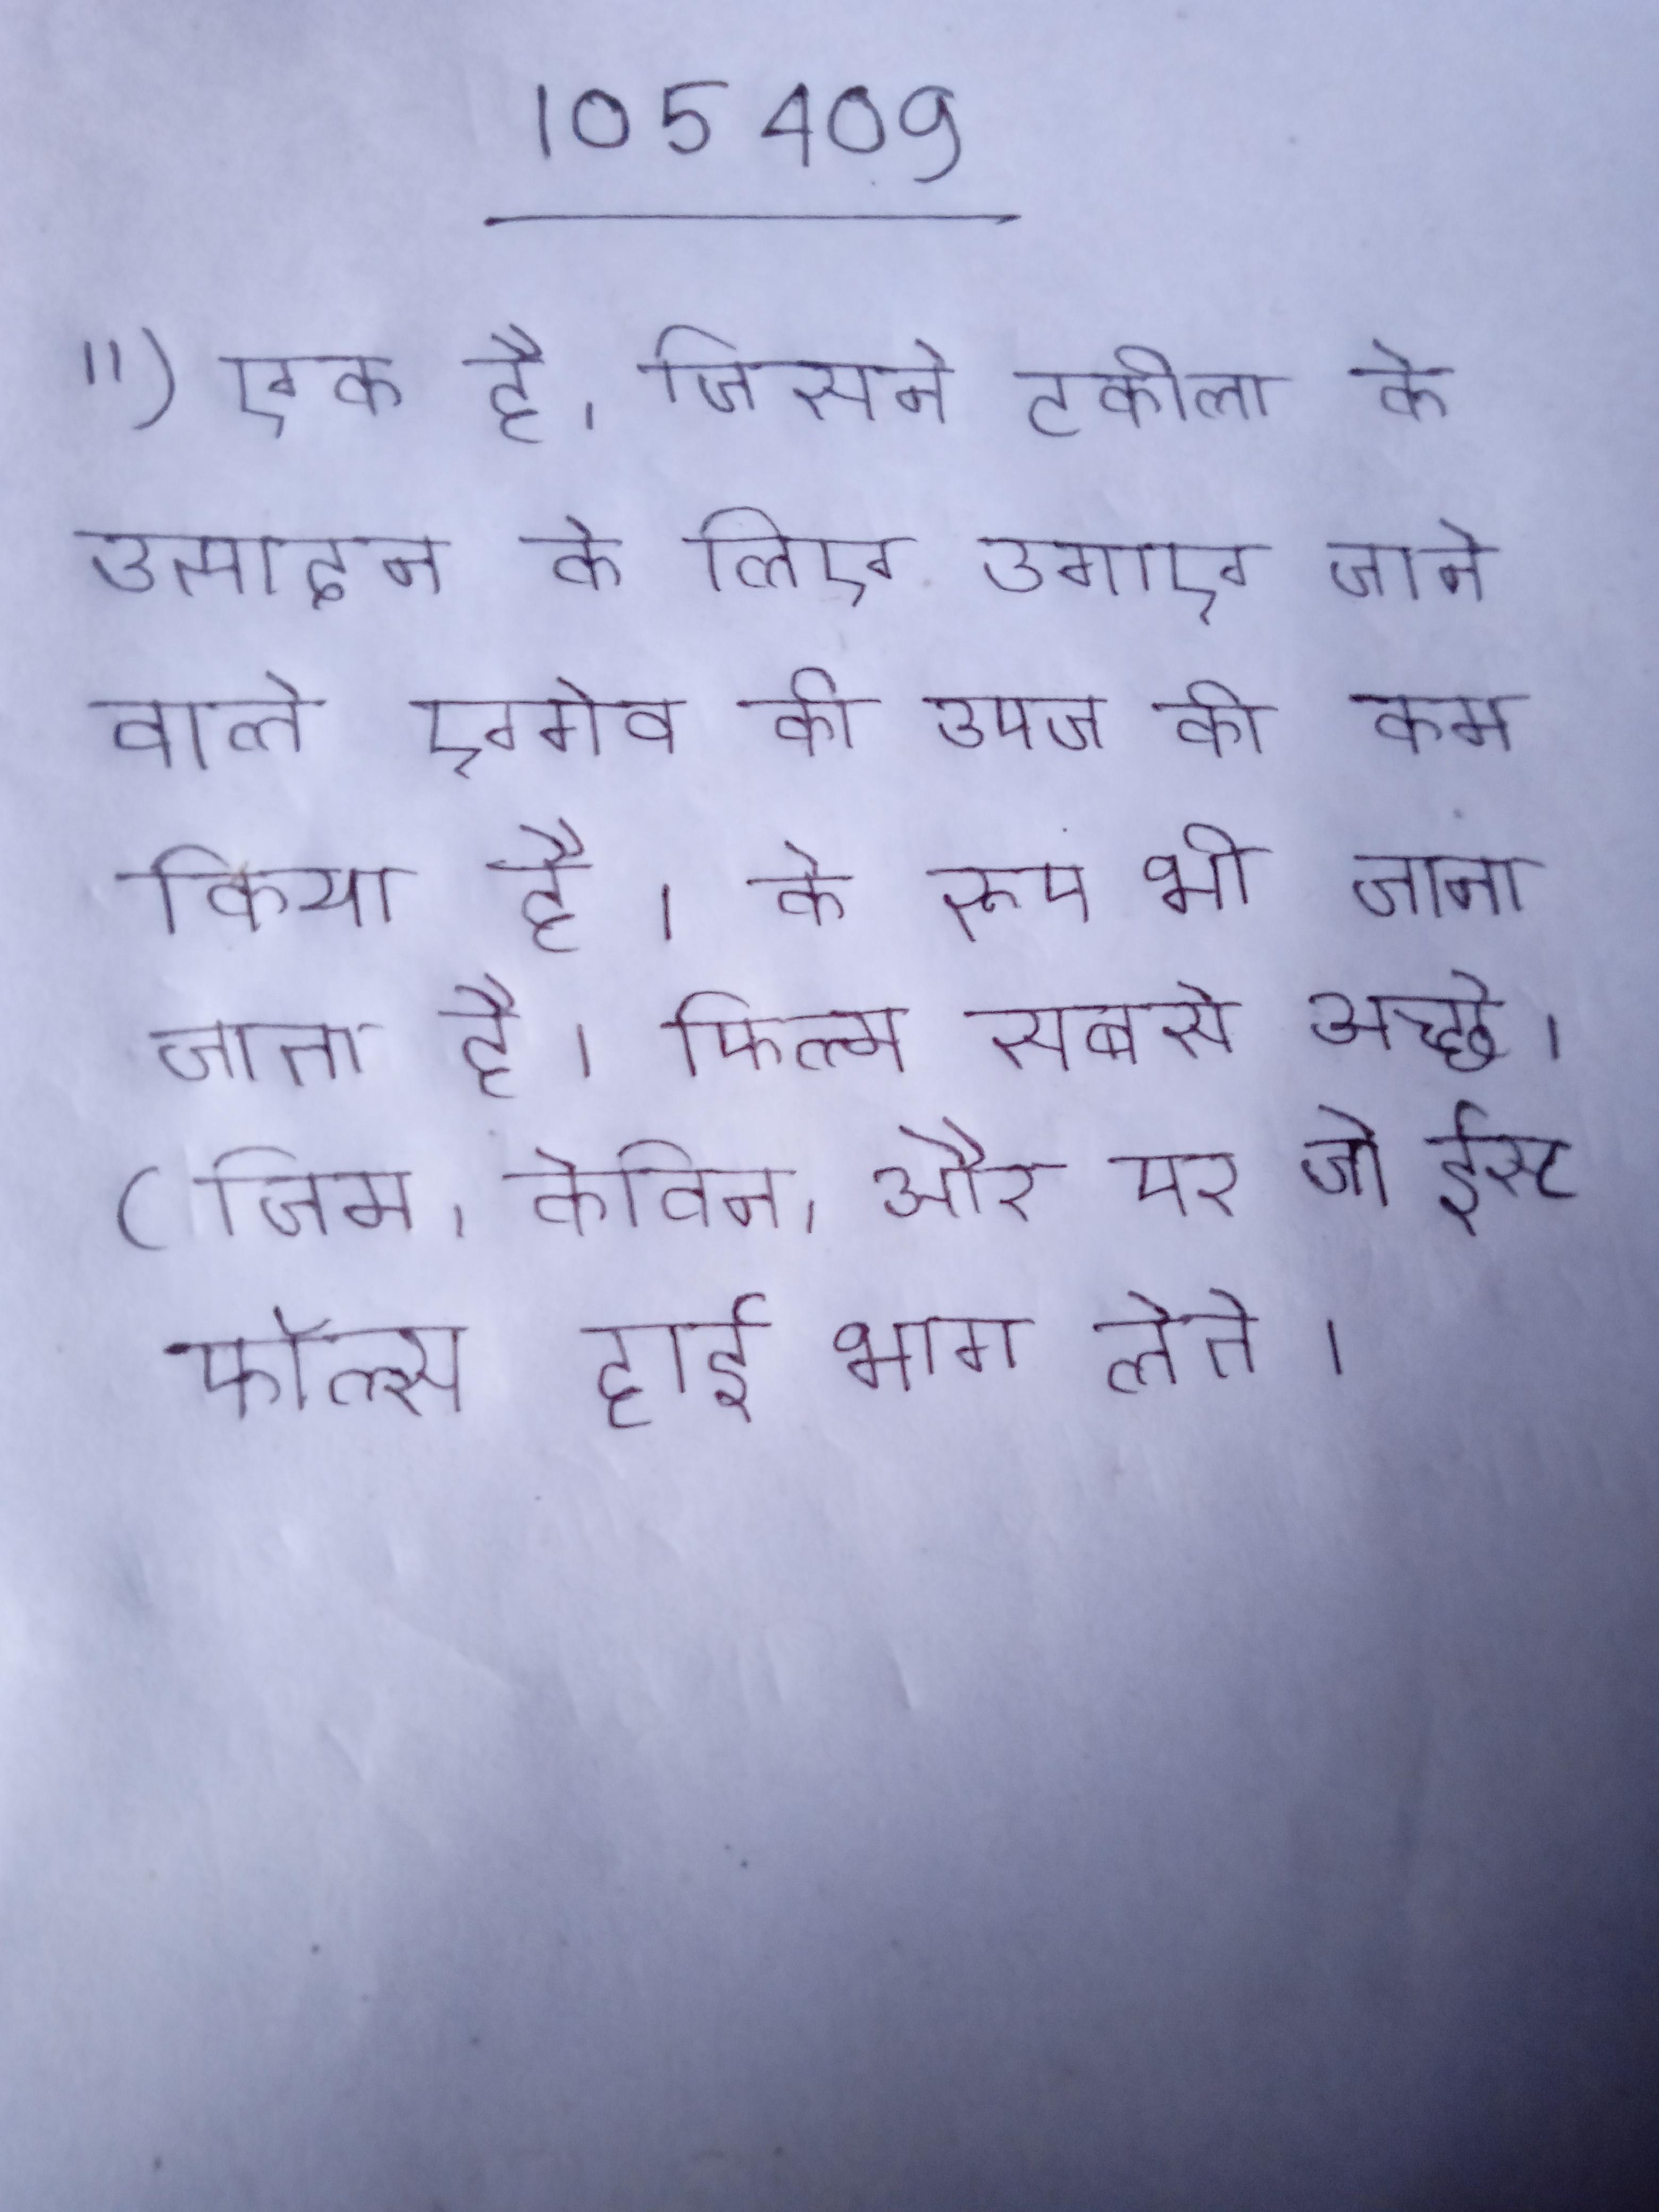
") एक है, जिसने टकीला के उत्पादन के लिए उगाए जाने वाले एगेव की उपज को कम किया है । के रूप भी जाना जाता है । फिल्म सबसे अच्छे (जिम, केविन, और पर है, जो ईस्ट ग्रेट फॉल्स हाई भाग लेते ।